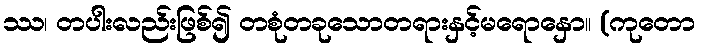
ဿ၊ တပါးလည်းဖြစ်၍ တစုံတခုသောတရားနှင့်မရောနှော။ (ကုတော